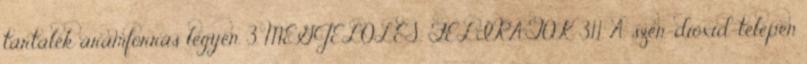
tartalék áramforrás legyen. 3. MEGJELÖLÉS, FELIRATOK 3.1.1. A szén-dioxid-telepen